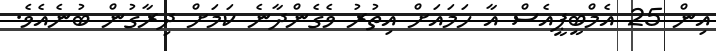
އިން 25 އެމްބީޕީއެސް އާ ހަމައަށް އިތުރު ވެގެންދާނެ ކަމަށް ދިރާގުން ބުނެއެވެ.